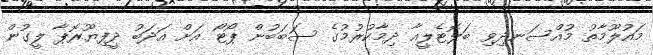
މައުލޫމާތު މުއްސަނދިވި ބަލޮޓެލީއާ ދިމާކުރުމުގެ ސަބަބުން ޕޯޓޯ އަށް އަދަބު ދީފިޔޫރޮޕާ ލީގުން